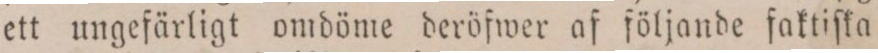
ett ungefärligt omdöme deröfwer af följande faktiſka